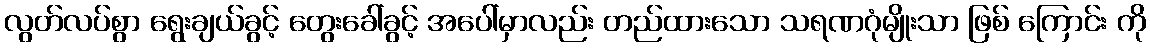
လွတ်လပ်စွာ ရွေးချယ်ခွင့် တွေးခေါ်ခွင့် အပေါ်မှာလည်း တည်ထားသော သရဏဂုံမျိုးသာ ဖြစ် ကြောင်း ကို